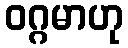
ဝဂ္ဂမာဟု